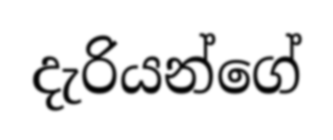
දැරියන්ගේ